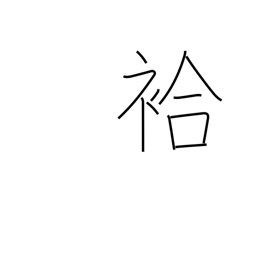
Meaning: lined (kimono)